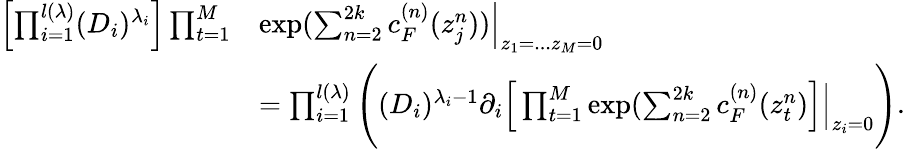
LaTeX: \begin{array}{rl}{\left[\prod_{i=1}^{l(\lambda)}(D_{i})^{\lambda_{i}}\right]\prod_{t=1}^{M}}&{\exp(\sum_{n=2}^{2k}c_{F}^{(n)}(z_{j}^{n}))\Bigr|_{z_{1}=...z_{M}=0}}\\ &{=\prod_{i=1}^{l(\lambda)}\Bigg((D_{i})^{\lambda_{i}-1}\partial_{i}\Big[\prod_{t=1}^{M}\exp(\sum_{n=2}^{2k}c_{F}^{(n)}(z_{t}^{n})\Big]\Bigr|_{z_{i}=0}\Bigg).}\end{array}